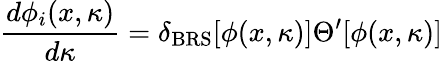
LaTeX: {\frac{d\phi_{i}(x,\kappa)}{d\kappa}}=\delta_{\mathrm{BRS}}[\phi(x,\kappa)]\Theta^{\prime}[\phi(x,\kappa)]